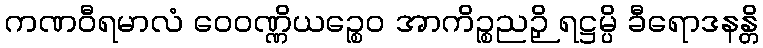
ကဏဝီရမာလံ ဝေဝဏ္ဏိယဉ္စေဝ အာကိဉ္စညဉှိ ရဋ္ဌမ္ပိ ခီရောဒနန္တိ